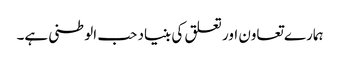
ہمارے تعاون اور تعلق کی بنیاد حب الوطنی ہے۔